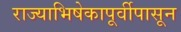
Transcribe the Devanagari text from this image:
राज्याभिषेकापूर्वीपासून